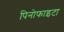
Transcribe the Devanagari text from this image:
पिनोफाइटा